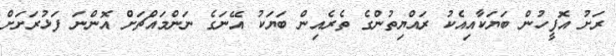
ރަށު އޮފީހުން ބަޔަކާއިއެކު ރައްޔިތުންގެ ތެރެއިން ބަޔަކު އޭނަގެ ނަންމައްޗަށް އޮންނަ ފަޅުރަށަށް